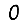
Digit: 0